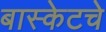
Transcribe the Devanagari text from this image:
बास्केटचे